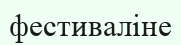
фестиваліне